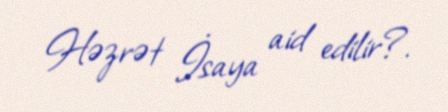
Həzrət İsaya aid edilir?.